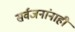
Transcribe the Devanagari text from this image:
सर्वजनांनाही